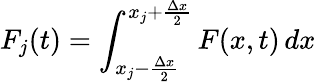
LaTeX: F_{j}(t)=\int_{x_{j}-\frac{\Delta x}{2}}^{x_{j}+\frac{\Delta x}{2}}F(x,t)\mathop{dx}